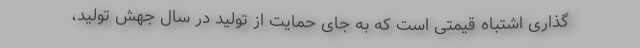
گذاری اشتباه قیمتی است که به جای حمایت از تولید در سال جهش تولید،